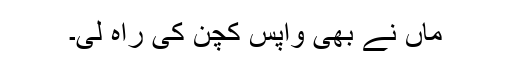
ماں نے بھی واپس کچن کی راہ لی۔